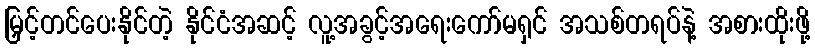
မြှင့်တင်ပေးနိုင်တဲ့ နိုင်ငံအဆင့် လူ့အခွင့်အရေးကော်မရှင် အသစ်တရပ်နဲ့ အစားထိုးဖို့